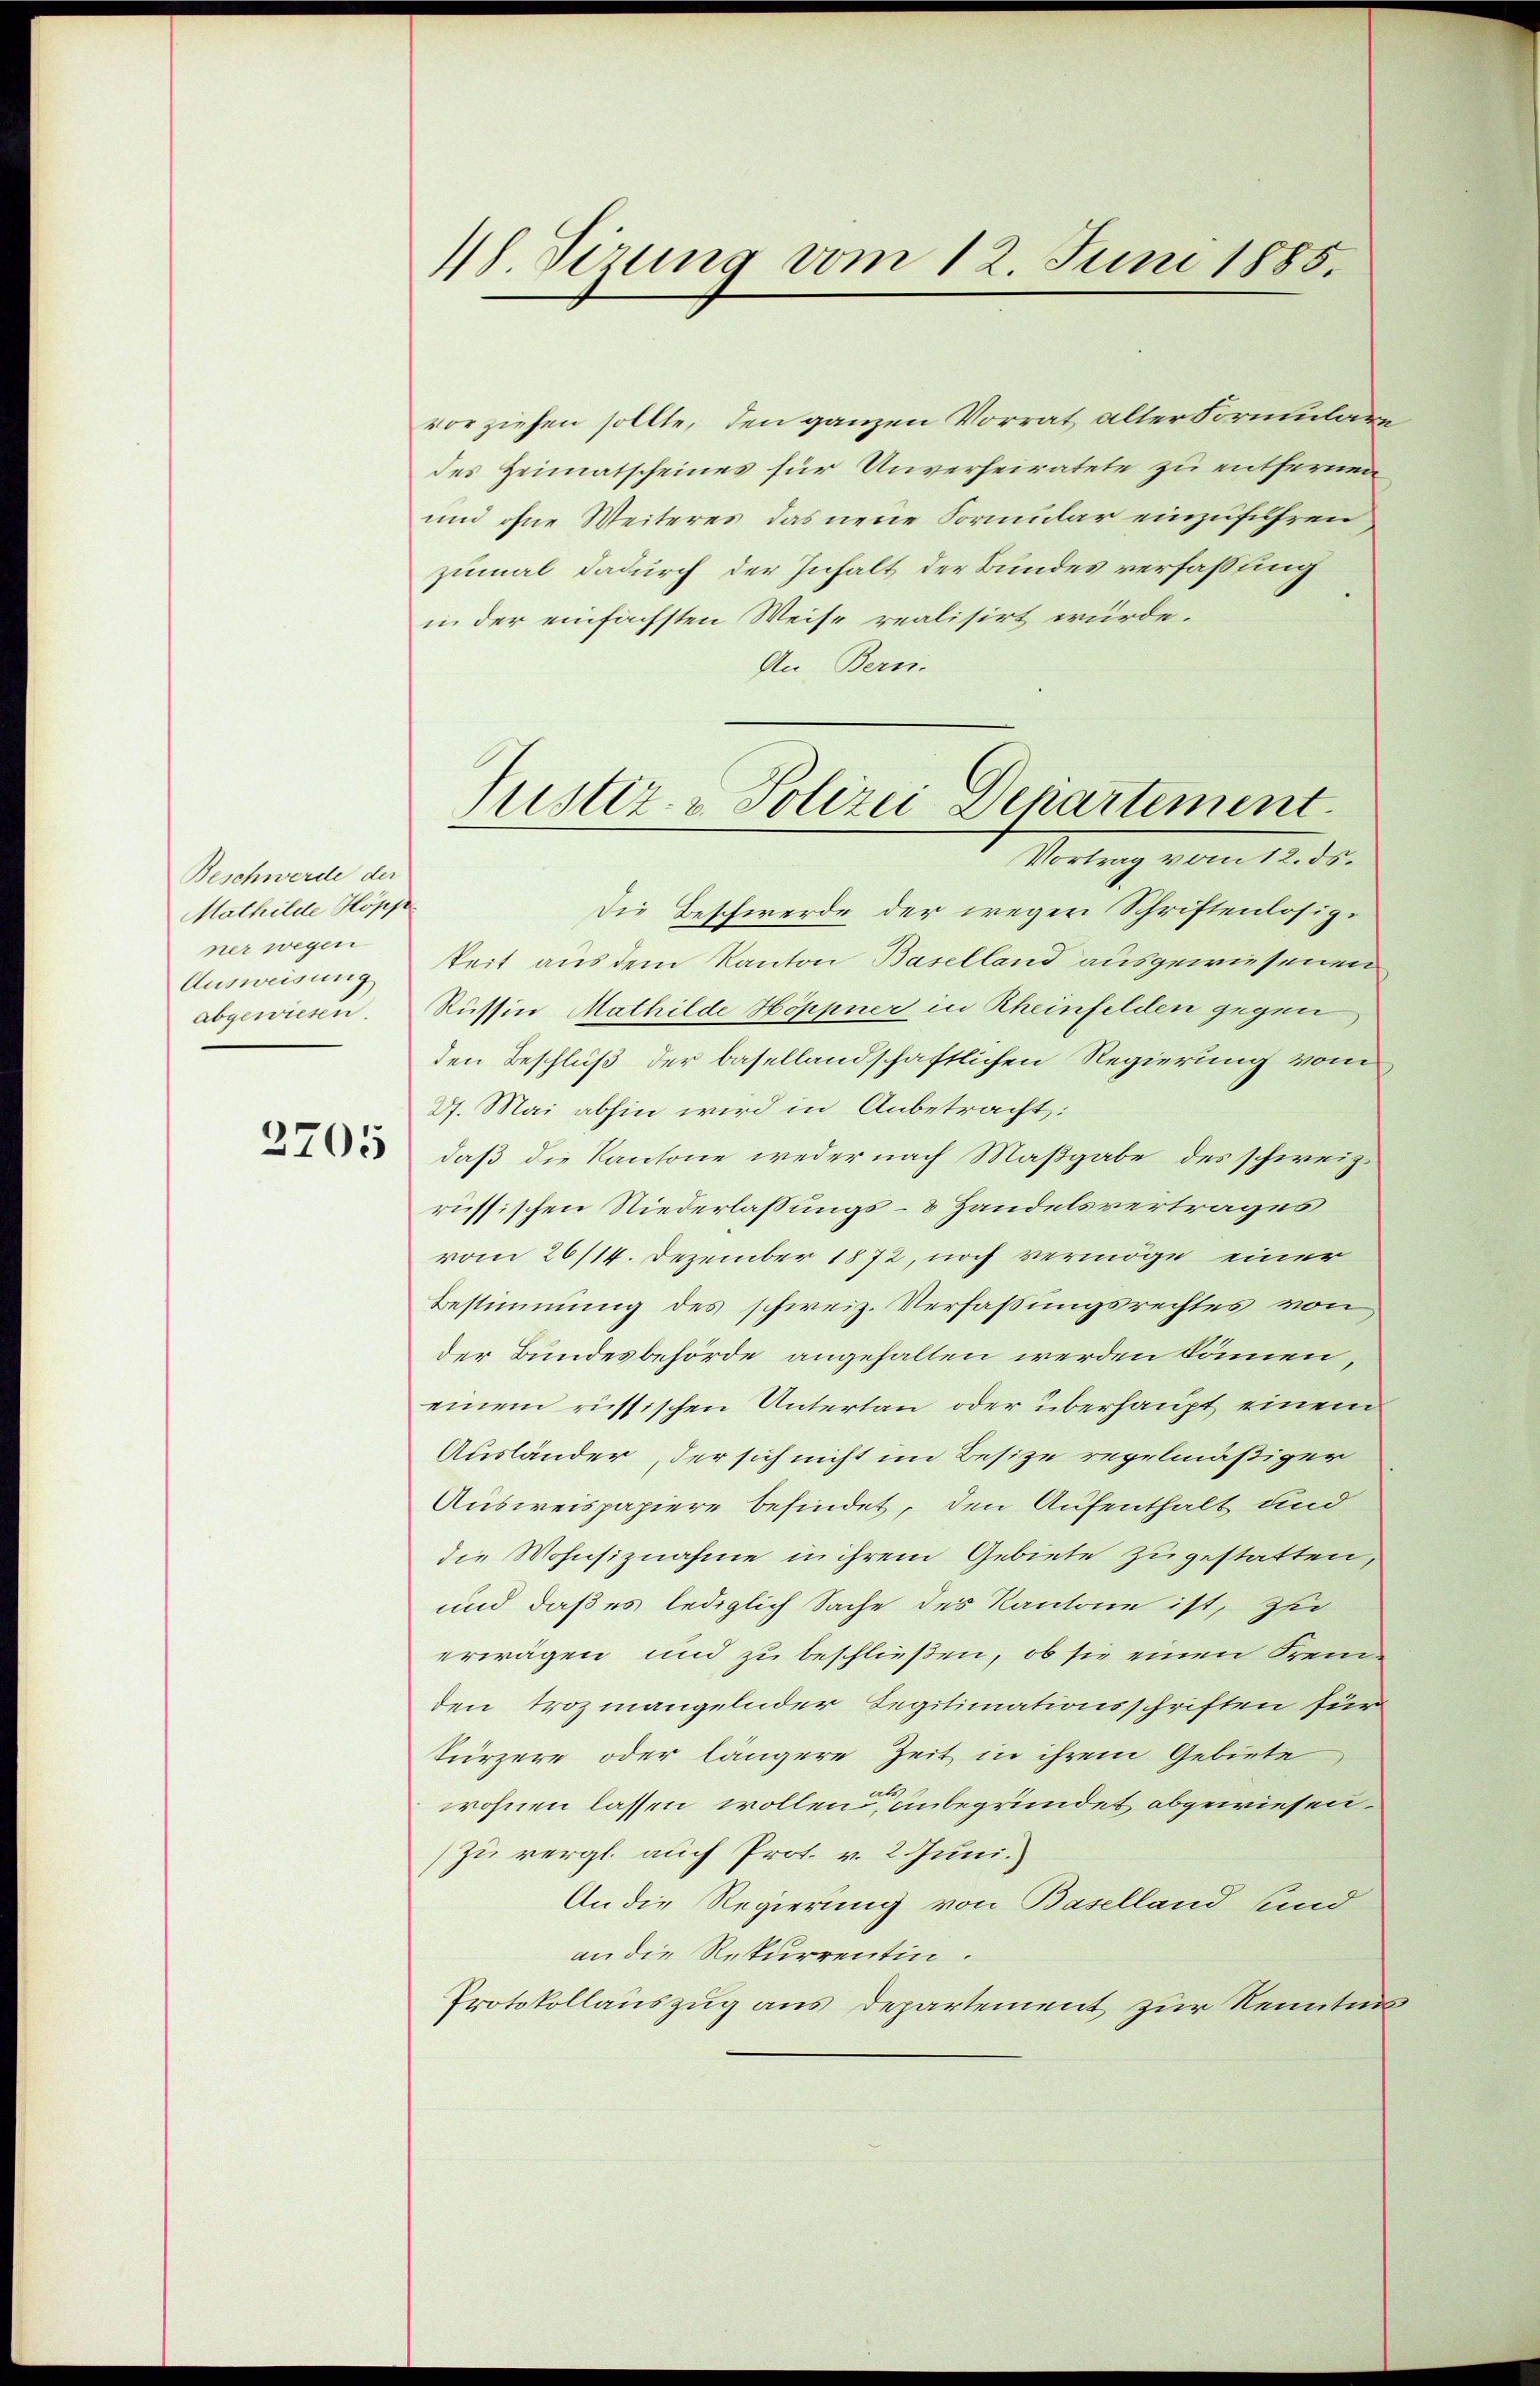
Beschwerde der
Mathilde Hopp
ner wegen
Ausweisung
abgewiesen

2205

Sizung vom 12. Juni 1885.

vorziehen sollte, den ganzen Vorrat alter Formulare
des Heimatscheines für Unverheiratete zu entfernen
und ohne Weiteres, das neue Formular einzuführen
zumal dadurch der Inhalt der Bundes verfassung
i der einfächsten Weise realisirt würde.
An Bern.
Vortrag vom 12. ds.
Die Beschwerde der wegen Schriftenlosigkeit aus dem Kanton Baselland ausgewiesenen
Russin Mathilde Höppner in Rheinfelden gegen
den Beschluß der basellandschaftlichen Regierung vom
27. Mai abhin wird in Anbetracht:
daß die Kantone weder nach Maßgabe des schweiz.
russischen Niederlassungs- & Handelsvertrages
vom 26/14. Dezember 1872, noch vermöge einer
Bestimmung des schweiz. Verfaßungsrechtes von
der Bundesbehörde angehalten werden können
einem russischen Untertan oder überhaupt einem
Ausländer, der sich nicht im Besize regelmäßiger
Ausweispapiere befindet, den Aufenthalt und
die Wohnsiznahme in ihrem Gebiete zugestatten,
und daß es lediglich Sache des Kantone ist, zu
erwägen und zu beschließen, ob sie einen Fremden trozmangelnder Legitimationsschriften für
kürzere oder längere Zeit in ihrem Gebiete,
wohnen lassen wollend, unbegründet abgewiesen.
zu vergl. auch Prot. v. 2. Juni.
An die Regierung von Baselland sind
an die Rekurrentin.
Protokollauszug aus Departement zur Renten

Justiz- & Polizei Departement